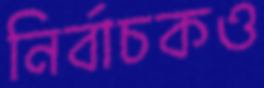
নির্বাচকও